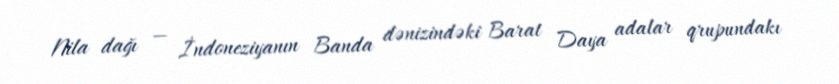
Nila dağı — İndoneziyanın Banda dənizindəki Barat Daya adalar qrupundakı